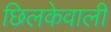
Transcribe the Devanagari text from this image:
छिलकेवाली